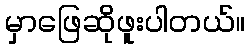
မှာဖြေဆိုဖူးပါတယ်။